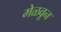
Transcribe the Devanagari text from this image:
मेळवून